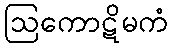
ဩကောဋိမကံ